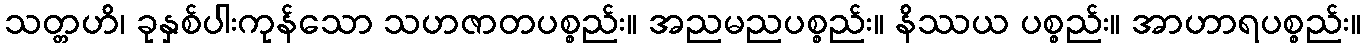
သတ္တဟိ၊ ခုနှစ်ပါးကုန်သော သဟဇာတပစ္စည်း။ အညမညပစ္စည်း။ နိဿယ ပစ္စည်း။ အာဟာရပစ္စည်း။